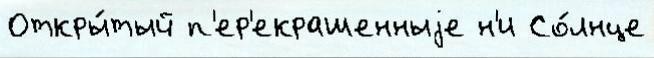
Откры́тый п'ер'екрашенныjе н'и Со́лнце